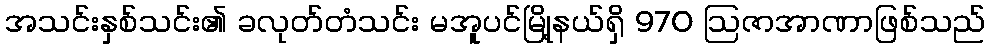
အသင်းနှစ်သင်း၏ ခလုတ်တံသင်း မအူပင်မြို့နယ်ရှိ 970 ဩဇာအာဏာဖြစ်သည်